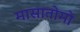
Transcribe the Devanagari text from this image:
मासातोमो